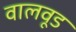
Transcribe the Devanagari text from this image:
वालवूड